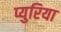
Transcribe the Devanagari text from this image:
प्युरिया